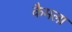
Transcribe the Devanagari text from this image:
कैमला